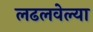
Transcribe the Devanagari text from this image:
लढलवेल्या